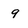
Character: 9